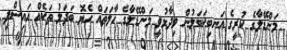
މަންޑޭލާގެ ކުރީގެ އަނބިކަބަލުން ވިދާޅުވީ މަންޑޭލާގެ ހާލަތައް ހެޔޮ ބަދަލު ތަކެއް އައިސްފި